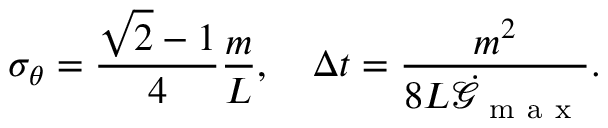
\sigma _ { { \boldsymbol { \theta } } } = \frac { \sqrt { 2 } - 1 } { 4 } \frac { m } { L } , \quad \Delta t = \frac { m ^ { 2 } } { 8 L \dot { \mathcal { G } } _ { \mathrm { ~ m ~ a ~ x ~ } } } .